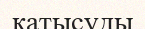
катысуды